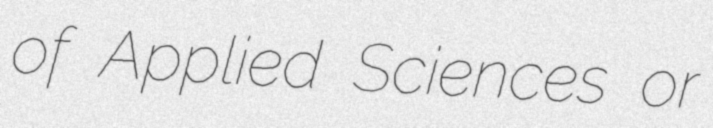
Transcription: of Applied Sciences or